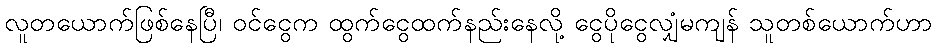
လူတယောက်ဖြစ်နေပြီ၊ ဝင်ငွေက ထွက်ငွေထက်နည်းနေလို့ ငွေပိုငွေလျှံမကျန် သူတစ်ယောက်ဟာ